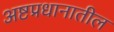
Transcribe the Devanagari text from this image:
अष्टप्रधानातील